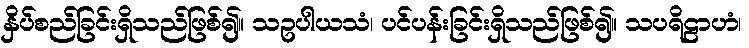
နှိပ်စည်ခြင်းရှိသည်ဖြစ်၍။ သဥပါယသံ၊ ပင်ပန်းခြင်းရှိသည်ဖြစ်၍။ သပရိဠာဟံ၊